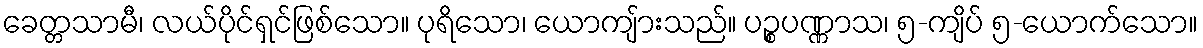
ခေတ္တသာမီ၊ လယ်ပိုင်ရှင်ဖြစ်သော။ ပုရိသော၊ ယောကျ်ားသည်။ ပဉ္စပဏ္ဏာသ၊ ၅-ကျိပ် ၅-ယောက်သော။